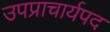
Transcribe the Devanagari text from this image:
उपप्राचार्यपद